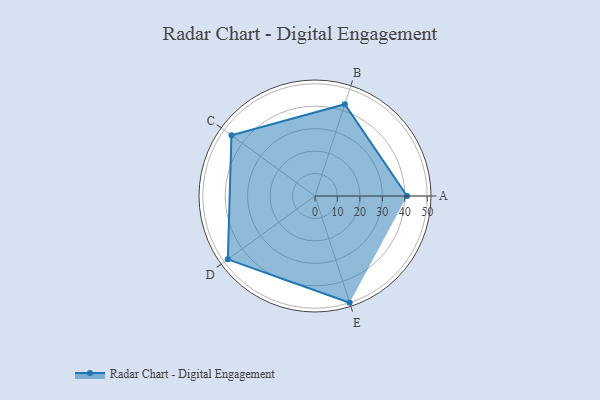
{"axis": {"x": "Skill", "y": "Score"}, "legend": ["Profile"], "data": [{"x": "A", "y": 41.0, "type": "Profile"}, {"x": "B", "y": 43.0, "type": "Profile"}, {"x": "C", "y": 46.0, "type": "Profile"}, {"x": "D", "y": 48.0, "type": "Profile"}, {"x": "E", "y": 50.0, "type": "Profile"}]}